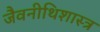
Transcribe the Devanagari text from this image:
जैवनीथिशास्त्र